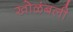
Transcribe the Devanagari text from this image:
खोळंबली